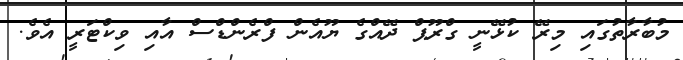
މުބާރާތުގައި މިރޭ ކުޅޭނީ ގްރޫޕް ދޭއްގެ ޔޫއެން ފްރެންޑްސް އާއި ވިކްޓަރީ އެވެ.